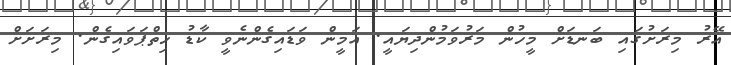
އޭރު މިރަށުގައި ބަނޑަށް މީހުން މަރުވަމުންދިޔައީ. އަމީން ވަޑައިގެންނެވީ ކާޑު ހިތްޕަވައިގެން. މިރަށަށް